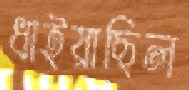
ধাইয়াছিল